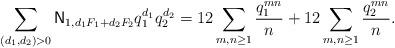
LaTeX: \begin{align*} \sum_{(d_1,d_2) > 0} \mathsf{N}_{1, d_1 F_1 + d_2 F_2} q_1^{d_1} q_2^{d_2}=12 \sum_{m,n \geq 1} \frac{q_1^{mn}}{n} + 12 \sum_{m,n \geq 1} \frac{q_2^{mn}}{n}.\end{align*}